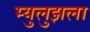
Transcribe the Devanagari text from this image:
म्युलुझला